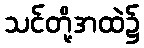
သင်တို့အထဲ၌